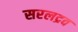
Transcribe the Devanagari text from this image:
सरलद्रव